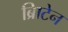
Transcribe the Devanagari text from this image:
ब्रिाटेन